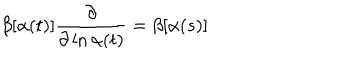
LaTeX: \beta [ \alpha ( t ) ] \frac { \partial } { \partial \ln \alpha ( t ) } = \beta [ \alpha ( s ) ]